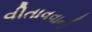
વીતાવવાની